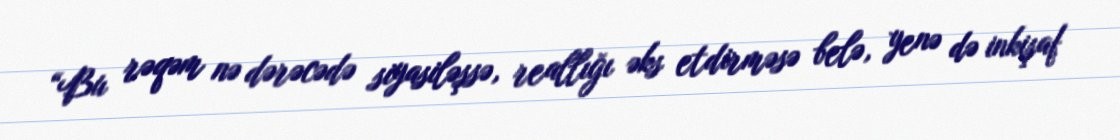
“Bu rəqəm nə dərəcədə siyasiləşsə, reallığı əks etdirməsə belə, yenə də inkişaf